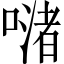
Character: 𠹲